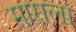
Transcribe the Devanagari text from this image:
साराला